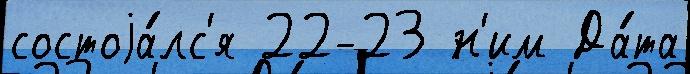
состоjа́лс'я 22-23 н'им Да́та